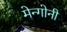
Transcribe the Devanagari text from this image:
मेन्गोनी